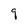
Character: q